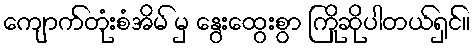
ကျောက်တုံးစံအိမ် မှ နွေးထွေးစွာ ကြိုဆိုပါတယ်ရှင်။